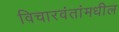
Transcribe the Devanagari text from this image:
विचारवंतांमधील